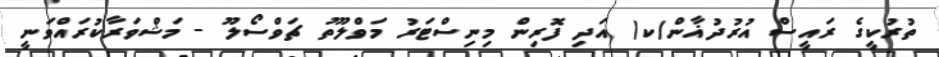
ތުރުކީގެ ރައީސް އުރުދުޣާން(ކ) އަދި ފޮރިން މިނިސްޓަރު މަވްލޫތު ޗަވްސޯލޫ - މަޝްވަރާކުރައްވަނީ